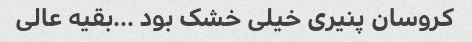
کروسان پنیری خیلی خشک بود …بقیه عالی